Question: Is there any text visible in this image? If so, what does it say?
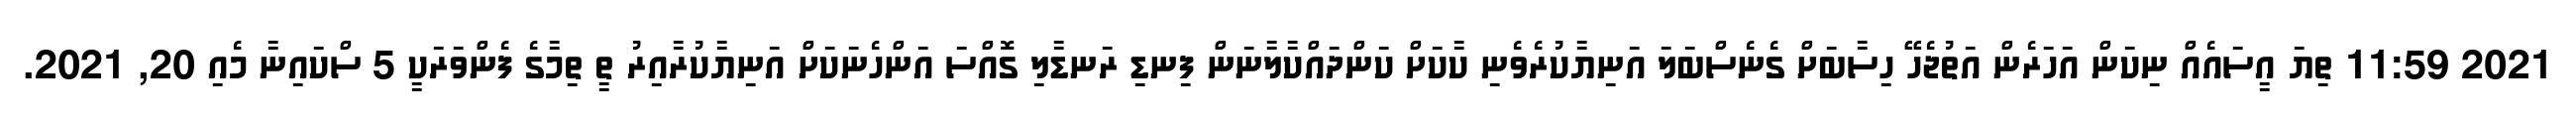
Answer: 2021 11:59 ތިޔަ އީސައެއް ނިކަން އަހަރެން އަތުޖެހޭ ހިސާބަށް ގެނެސްބަލަ އަނިޔާކުރެވެނި ކާކަށް ކަންދައްކާލާނަން ފިނޑި ރަނޑާލި ގޮއްސަ އަންހެނަކަށް އަނިޔާކުރާއިރު ތީ ތިމާގެ ފެންވަރަކީ 5 ސްކައިނާ މެއި 20, 2021.